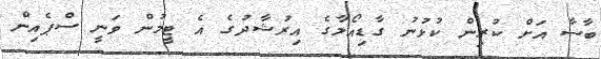
ބާސާ އަށް ކުރިން ކުޅުނު ގާޑިއޯލާގެ އިރުޝާދުގެ އެ ޓީމުން ވަނީ ސްޕެއިން